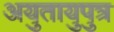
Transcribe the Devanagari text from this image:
अयुतायुपुत्र